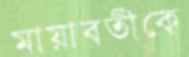
মায়াবতীকে